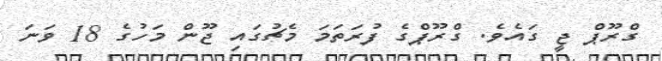
ގްރޫޕް ޖީ ގައެވެ. ގްރޫޕްގެ ފުރަތަމަ މެޗުގައި ޖޫން މަހުގެ 18 ވަނަ